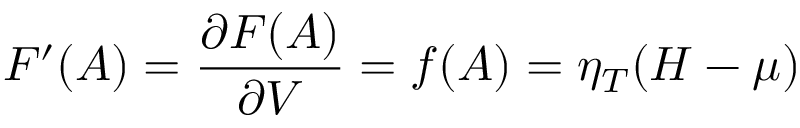
{ F ^ { \prime } ( A ) = \frac { \partial F ( A ) } { \partial V } = f ( A ) = \eta _ { T } ( H - \mu ) }